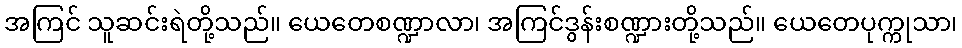
အကြင် သူဆင်းရဲတို့သည်။ ယေတေစဏ္ဍာလာ၊ အကြင်ဒွန်းစဏ္ဍားတို့သည်။ ယေတေပုက္ကုသာ၊